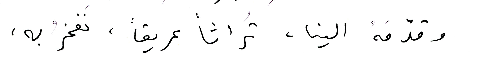
وقدّمَهُ الينا، تُراثاً عريقاً، نَفخرُ به،